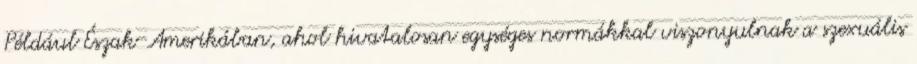
Például Észak-Amerikában, ahol hivatalosan egységes normákkal viszonyulnak a szexuális